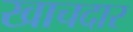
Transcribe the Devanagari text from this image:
खाचदार